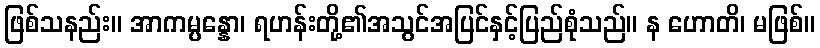
ဖြစ်သနည်း။ အာကမ္ပန္နော၊ ရဟန်းတို့၏အသွင်အပြင်နှင့်ပြည်စုံသည်။ န ဟောတိ၊ မဖြစ်။